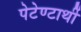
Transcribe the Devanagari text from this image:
पेटेण्टार्थी